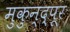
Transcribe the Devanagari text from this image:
मुकुन्द्पूर